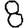
Digit: 8